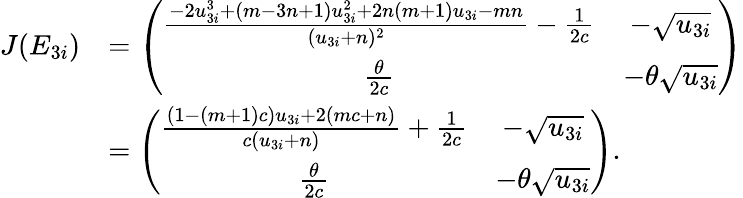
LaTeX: \begin{array}{rl}{J(E_{3i})}&{=\left(\begin{array}{cc}{\frac{-2u_{3i}^{3}+(m-3n+1)u_{3i}^{2}+2n(m+1)u_{3i}-mn}{(u_{3i}+n)^{2}}-\frac{1}{2c}}&{-\sqrt{u_{3i}}}\\ {\frac{\theta}{2c}}&{-\theta\sqrt{u_{3i}}}\end{array}\right)}\\ &{=\left(\begin{array}{cc}{\frac{(1-(m+1)c)u_{3i}+2(mc+n)}{c(u_{3i}+n)}+\frac{1}{2c}}&{-\sqrt{u_{3i}}}\\ {\frac{\theta}{2c}}&{-\theta\sqrt{u_{3i}}}\end{array}\right).}\end{array}